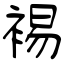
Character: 裼